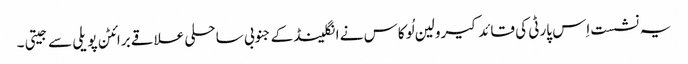
یہ نشست اِس پارٹی کی قائد کیرولین لُوکاس نے انگلینڈ کے جنوبی ساحلی علاقے برائٹن پویلی سے جیتی۔